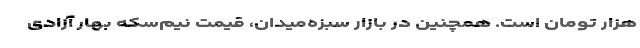
هزار تومان است. همچنین در بازار سبزه‌میدان، قیمت نیم‌سکه بهار آزادی